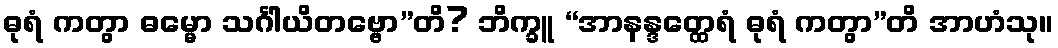
ဓုရံ ကတွာ ဓမ္မော သင်္ဂါယိတဗ္ဗော”တိ? ဘိက္ခူ “အာနန္ဒတ္ထေရံ ဓုရံ ကတွာ”တိ အာဟံသု။